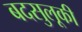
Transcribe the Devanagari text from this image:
बदसुलूकी